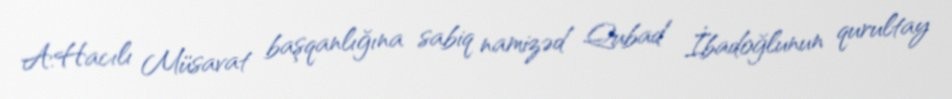
A.Hacılı Müsavat başqanlığına sabiq namizəd Qubad İbadoğlunun qurultay